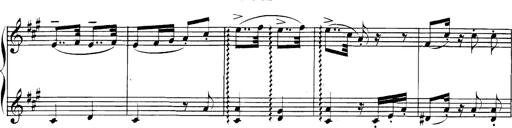
Title: Spinnerlied aus dem Fliegenden HollÃ¤nder
Composer: Franz Liszt